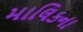
માલિકના